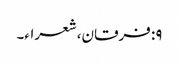
۹: فرقان، شعراء۔